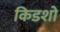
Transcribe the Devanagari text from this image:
किडशो